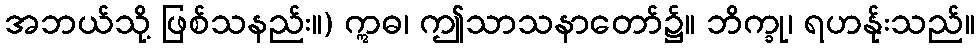
အဘယ်သို့ ဖြစ်သနည်း။) ဣဓ၊ ဤသာသနာတော်၌။ ဘိက္ခု၊ ရဟန်ုးသည်။